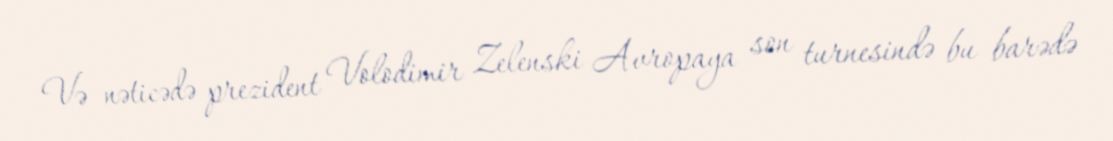
Və nəticədə prezident Volodimir Zelenski Avropaya son turnesində bu barədə